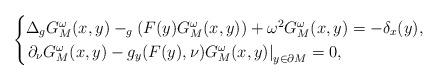
LaTeX: \begin{align*}\begin{cases}\Delta_gG_M^\omega(x,y)-_g(F(y)G_M^\omega(x,y))+\omega^2G_M^\omega(x,y) = -\delta_x(y), \\\left.\partial_\nu G_M^\omega(x,y) - g_y(F(y),\nu)G_M^\omega(x,y)\right\vert_{y\in \partial M} = 0,\end{cases}\end{align*}